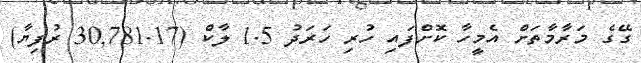
ގޭގެ މަރާމާތަށް އެމީހާ ކޮށްފައި ހުރި ހަރަދު 1.5 ލާކް (30